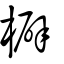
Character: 檘